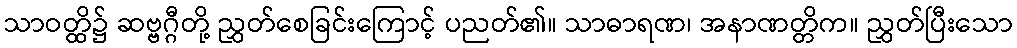
သာဝတ္ထိ၌ ဆဗ္ဗဂ္ဂီတို့ ညွှတ်စေခြင်းကြောင့် ပညတ်၏။ သာဓာရဏ၊ အနာဏတ္တိက။ ညွှတ်ပြီးသော